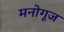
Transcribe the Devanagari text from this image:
मनोगूज